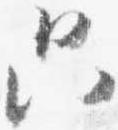
只